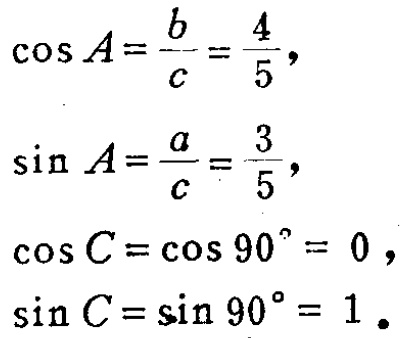
\[\begin{align*}
\cos A&=\frac{b}{c}=\frac{4}{5},\\
\sin A&=\frac{a}{c}=\frac{3}{5},\\
\cos C&=\cos 90^{\circ}=0,\\
\sin C&=\sin 90^{\circ}=1.
\end{align*}\]